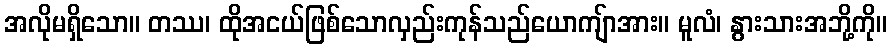
အလိုမရှိသော။ တဿ၊ ထိုအငယ်ဖြစ်သောလှည်းကုန်သည်ယောကျ်ာအား။ မူလံ၊ နွားသားအဘို့ကို။